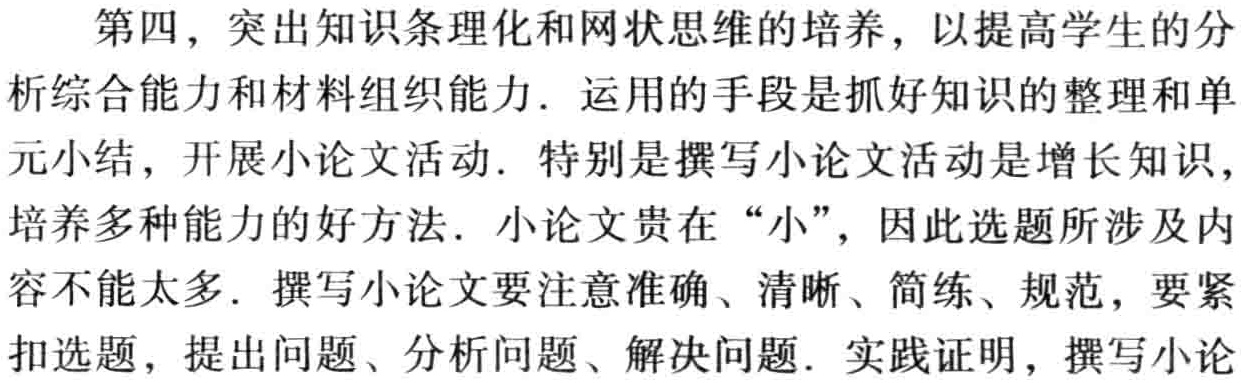
第四，突出知识条理化和网状思维的培养，以提高学生的分
析综合能力和材料组织能力. 运用的手段是抓好知识的整理和单
元小结，开展小论文活动. 特别是撰写小论文活动是增长知识,
培养多种能力的好方法. 小论文贵在 “小”，因此选题所涉及内
容不能太多. 撰写小论文要注意准确、清晰、简练、规范，要紧
扣选题，提出问题、分析问题、解决问题. 实践证明，撰写小论